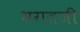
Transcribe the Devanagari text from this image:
भगतजी